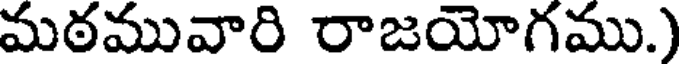
మఠమువారి రాజయోగము.)